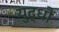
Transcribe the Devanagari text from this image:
युद्धौं